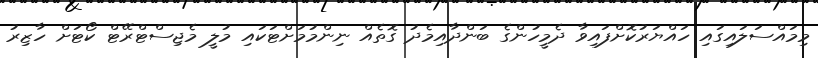
މިމައްސަލައިގައި ހައްޔަރުކޮށްފައިވާ ދެމީހުންގެ ބަންދާއިމެދު ގޮތެއް ނިންމުމަށްޓަކައި މުލީ މެޖިސްޓްރޭޓް ކޯޓަށް ހާޒިރު